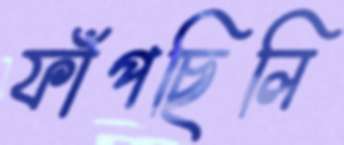
ফাঁপছিলি